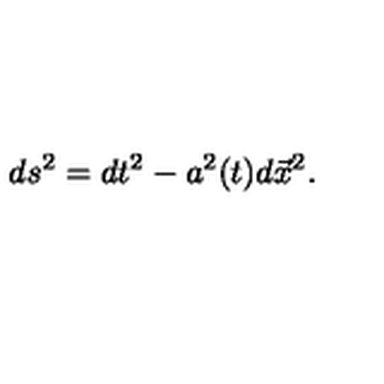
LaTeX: d s ^ { 2 } = d t ^ { 2 } - a ^ { 2 } ( t ) d \vec { x } ^ { 2 } .